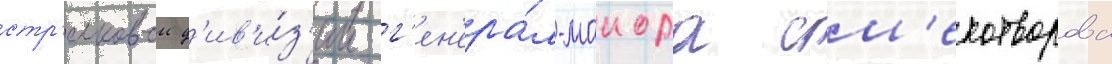
стр'елковои д'ив'и́з'ии г'ен'ера́л-маиора см'ехотворова